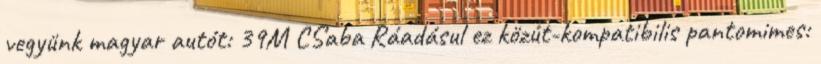
vegyünk magyar autót: 39M CSaba Ráadásul ez közút-kompatibilis pantomimes: